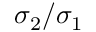
\sigma _ { 2 } / \sigma _ { 1 }